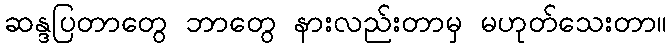
ဆန္ဒပြတာတွေ ဘာတွေ နားလည်းတာမှ မဟုတ်သေးတာ။